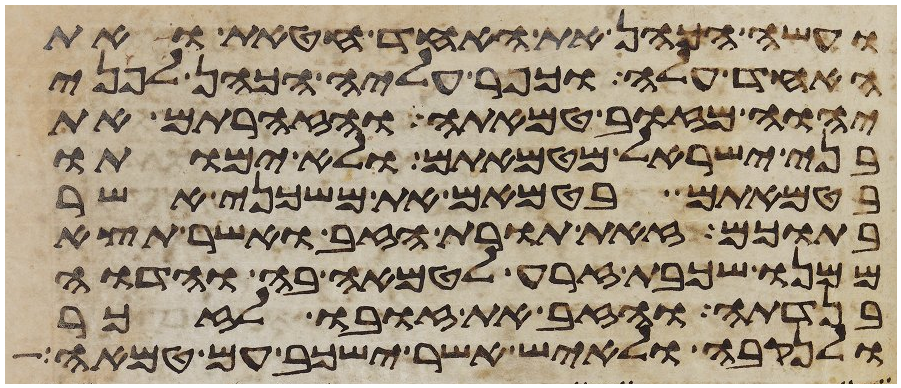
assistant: ועשה הכהן את האחד חטאת ואת
האחד עלה וכפר עליה הכהן לפני
יהוה מזוב טמאתה והזהרתם את
בני ישראל מטמאתם ולא ימותו
בטמאתם בטמאם את משכני אשר
בתוכם זאת תורת הזב ואשר תצא
ממנו שכבת זרע לטמאה בה והדוה
בנדתה והזב את זובו לזכר
ולנקבה ולאיש אשר ישכב עם טמאה